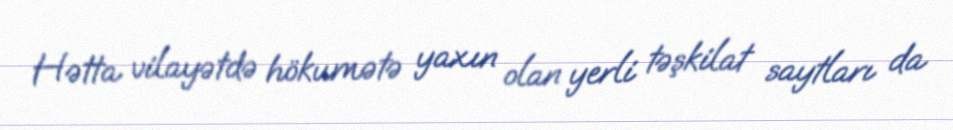
Hətta vilayətdə hökumətə yaxın olan yerli təşkilat saytları da